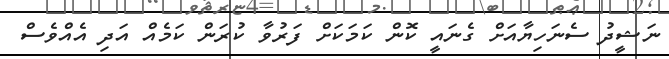
ނަޝީދު ސެނަހިޔާއަށް ގެނައީ ކޮން ކަމަކަށް ފަރުވާ ކުރަން ކަމެއް އަދި އެއްވެސް